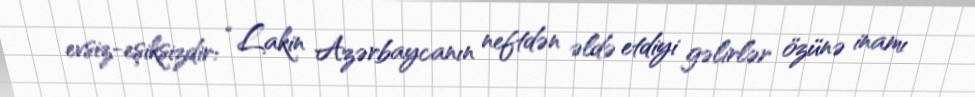
evsiz-eşiksizdir: “Lakin Azərbaycanın neftdən əldə etdiyi gəlirlər özünə inamı